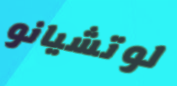
لوتشيانو